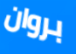
بروان